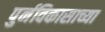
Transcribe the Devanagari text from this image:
पुर्नविकासाच्या